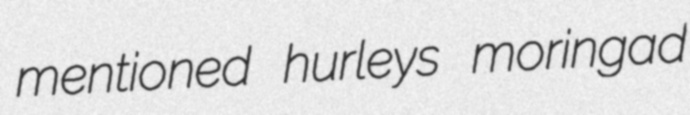
mentioned hurleys moringad